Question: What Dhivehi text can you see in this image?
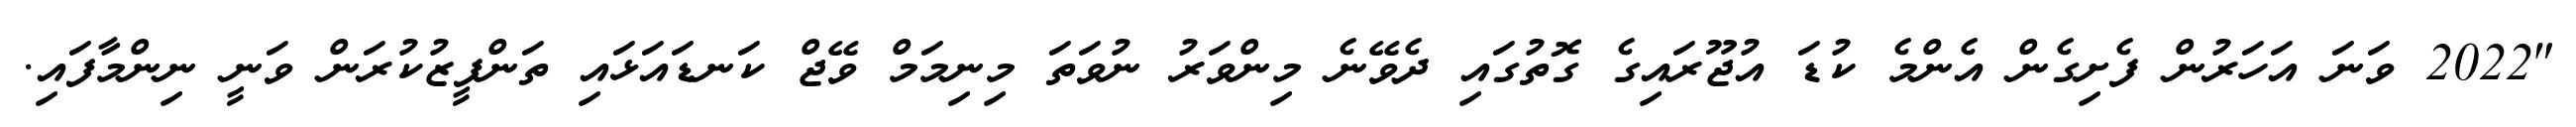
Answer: "2022 ވަނަ އަހަރުން ފެށިގެން އެންމެ ކުޑަ އުޖޫރައިގެ ގޮތުގައި ދެވޭނެ މިންވަރު ނުވަތަ މިނިމަމް ވޭޖް ކަނޑައަޅައި ތަންފީޒުކުރަން ވަނީ ނިންމާފައި.